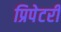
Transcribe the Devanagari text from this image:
प्रिपेटरी